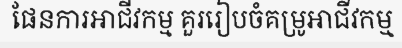
ផែនការអាជីវកម្ម គួររៀបចំគម្រូអាជីវកម្ម